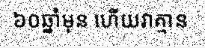
៦០ឆ្នាំមុន ហើយវាគ្មាន